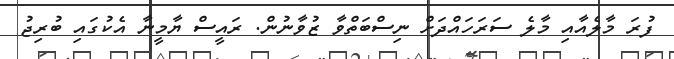
ފުރަ މާލެއާއި މާލެ ސަރަހައްދަށް ނިސްބަތްވާ ޒުވާނުން. ރައީސް ޔާމީނާ އެކުގައި ބުރިޖު